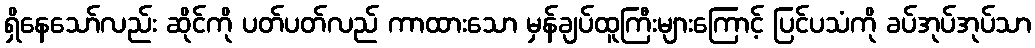
ရှိနေသော်လည်း ဆိုင်ကို ပတ်ပတ်လည် ကာထားသော မှန်ချပ်ထူကြီးများကြောင့် ပြင်ပသံကို ခပ်အုပ်အုပ်သာ